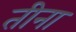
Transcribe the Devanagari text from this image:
तीना